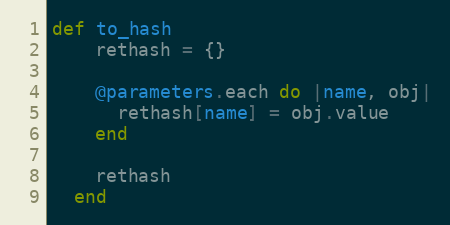
Language: Ruby
def to_hash
    rethash = {}

    @parameters.each do |name, obj|
      rethash[name] = obj.value
    end

    rethash
  end